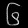
Digit: ၆